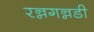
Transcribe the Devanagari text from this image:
रन्नगन्नडी